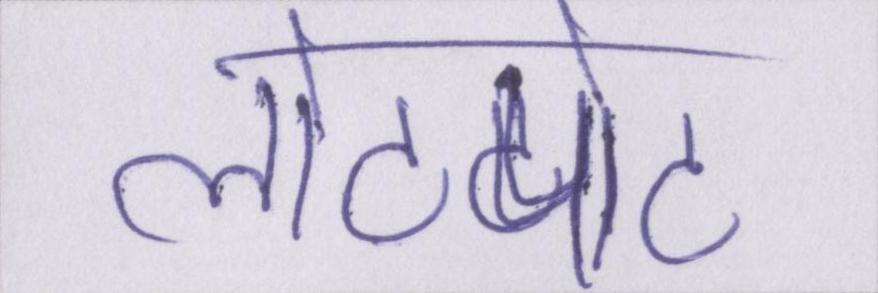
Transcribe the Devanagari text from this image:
लोटपोट